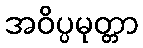
အဝိပ္ပမုတ္တာ